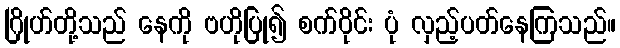
ဂြိုဟ်တို့သည် နေကို ဗဟိုပြု၍ စက်ဝိုင်း ပုံ လှည့်ပတ်နေကြသည်။